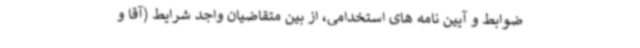
ضوابط و آیین نامه های استخدامی، از بین متقاضیان واجد شرایط (آقا و